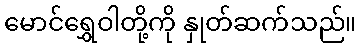
မောင်ရွှေဝါတို့ကို နှုတ်ဆက်သည်။